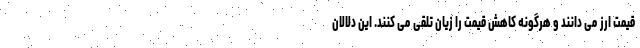
قیمت ارز می دانند و هرگونه کاهش قیمت را زیان تلقی می کنند. این دلالان